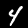
Label: 4